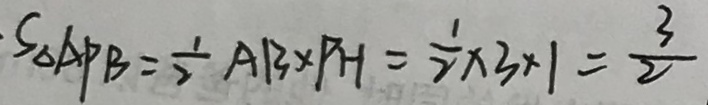
S _ { \Delta } A P B = \frac { 1 } { 2 } A B \times P H = \frac { 1 } { 2 } \times 3 \times 1 = \frac { 3 } { 2 }